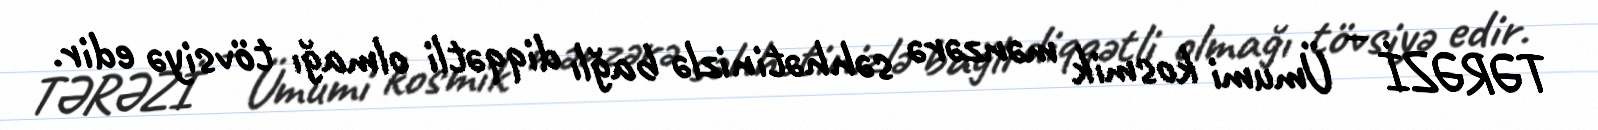
TƏRƏZİ – Ümumi kosmik mənzərə səhhətinizlə bağlı diqqətli olmağı tövsiyə edir.